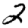
Digit: 2